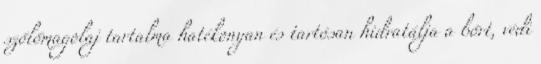
szőlőmagolaj tartalma hatékonyan és tartósan hidratálja a bőrt, védi